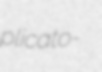
plicato-